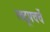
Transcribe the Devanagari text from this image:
त्वद्रूपचर्चे